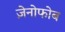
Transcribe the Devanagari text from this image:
ज़ेनोफोब